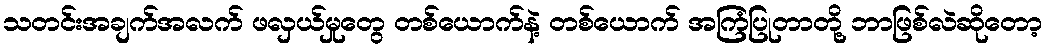
သတင်းအချက်အလက် ဖလှယ်မှုတွေ တစ်ယောက်နဲ့ တစ်ယောက် အကြံပြုတာတို့ ဘာဖြစ်လဲဆိုတော့